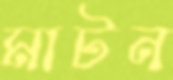
মাটন